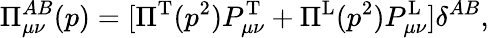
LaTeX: \Pi_{\mu\nu}^{AB}(p)=[\Pi^{\mathrm{T}}(p^{2})P_{\mu\nu}^{\mathrm{T}}+\Pi^{\mathrm{L}}(p^{2})P_{\mu\nu}^{\mathrm{L}}]\delta^{AB},